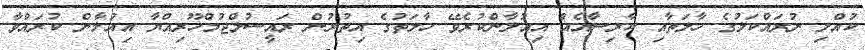
ކުއްލި ނުރައްކަލުގެ ހާލަތާއި ކާރިސާއެއް އިއުލާންކުރެވޭ ހާލަތުގެ އިތުރުން ރައީސުލްޖުމްހޫރިއްޔާ އިއުލާން ކުރައްވާ